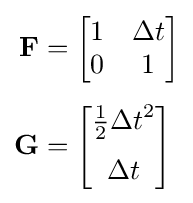
{\begin{aligned}\mathbf {F} &={\begin{bmatrix}1&\Delta t\\0&1\end{bmatrix}}\\[4pt]\mathbf {G} &={\begin{bmatrix}{\frac {1}{2}}{\Delta t}^{2}\\[6pt]\Delta t\end{bmatrix}}\end{aligned}}